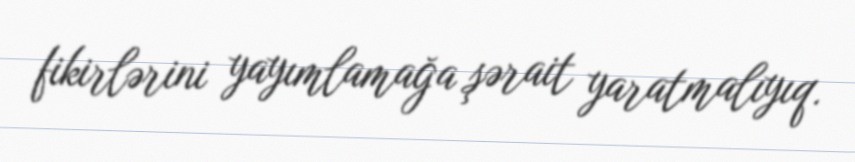
fikirlərini yayımlamağa şərait yaratmalıyıq.